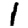
Digit: 1